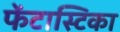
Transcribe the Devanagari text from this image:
फेंटास्टिका